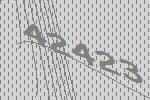
42423